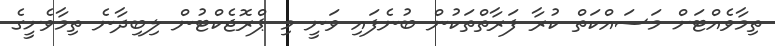
ތިމާވެއްޓަށް މަސައްކަތް ކުރާ ފަރާތްތަކުން ބުނެފައި ވަނީ މި ޕްރޮޖެކްޓުން ލިބިދާނެ ތިމާވެށީގެ